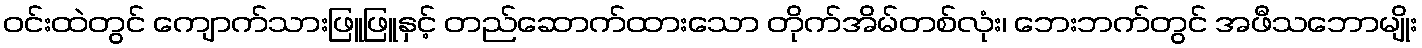
ဝင်းထဲတွင် ကျောက်သားဖြူဖြူနှင့် တည်ဆောက်ထားသော တိုက်အိမ်တစ်လုံး၊ ဘေးဘက်တွင် အဖီသဘောမျိုး